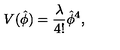
V ( \hat { \phi } ) = { \frac { \lambda } { 4 ! } } \hat { \phi } ^ { 4 } ,